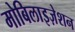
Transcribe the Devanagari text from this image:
मोबिलाइज़ेशन